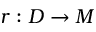
r : D \to M